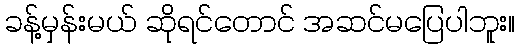
ခန့်မှန်းမယ် ဆိုရင်တောင် အဆင်မပြေပါဘူး။